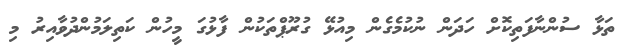
ތަޅާ ސުންނާފަތިކޮށް ހަދަން ނުކުމެގެން މިއުޅޭ ގުރޫޕްތަކުން ފާޅުގަ މީހުން ކަތިލަމުންދުވާއިރު މި